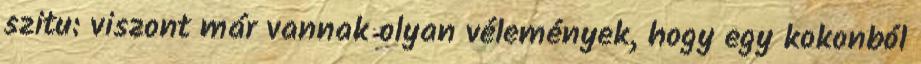
szitu: viszont már vannak olyan vélemények, hogy egy kokonból